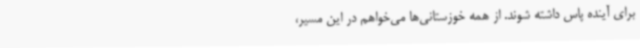
برای آینده پاس داشته شوند. از همه خوزستانی‌ها می‌خواهم در این مسیر،